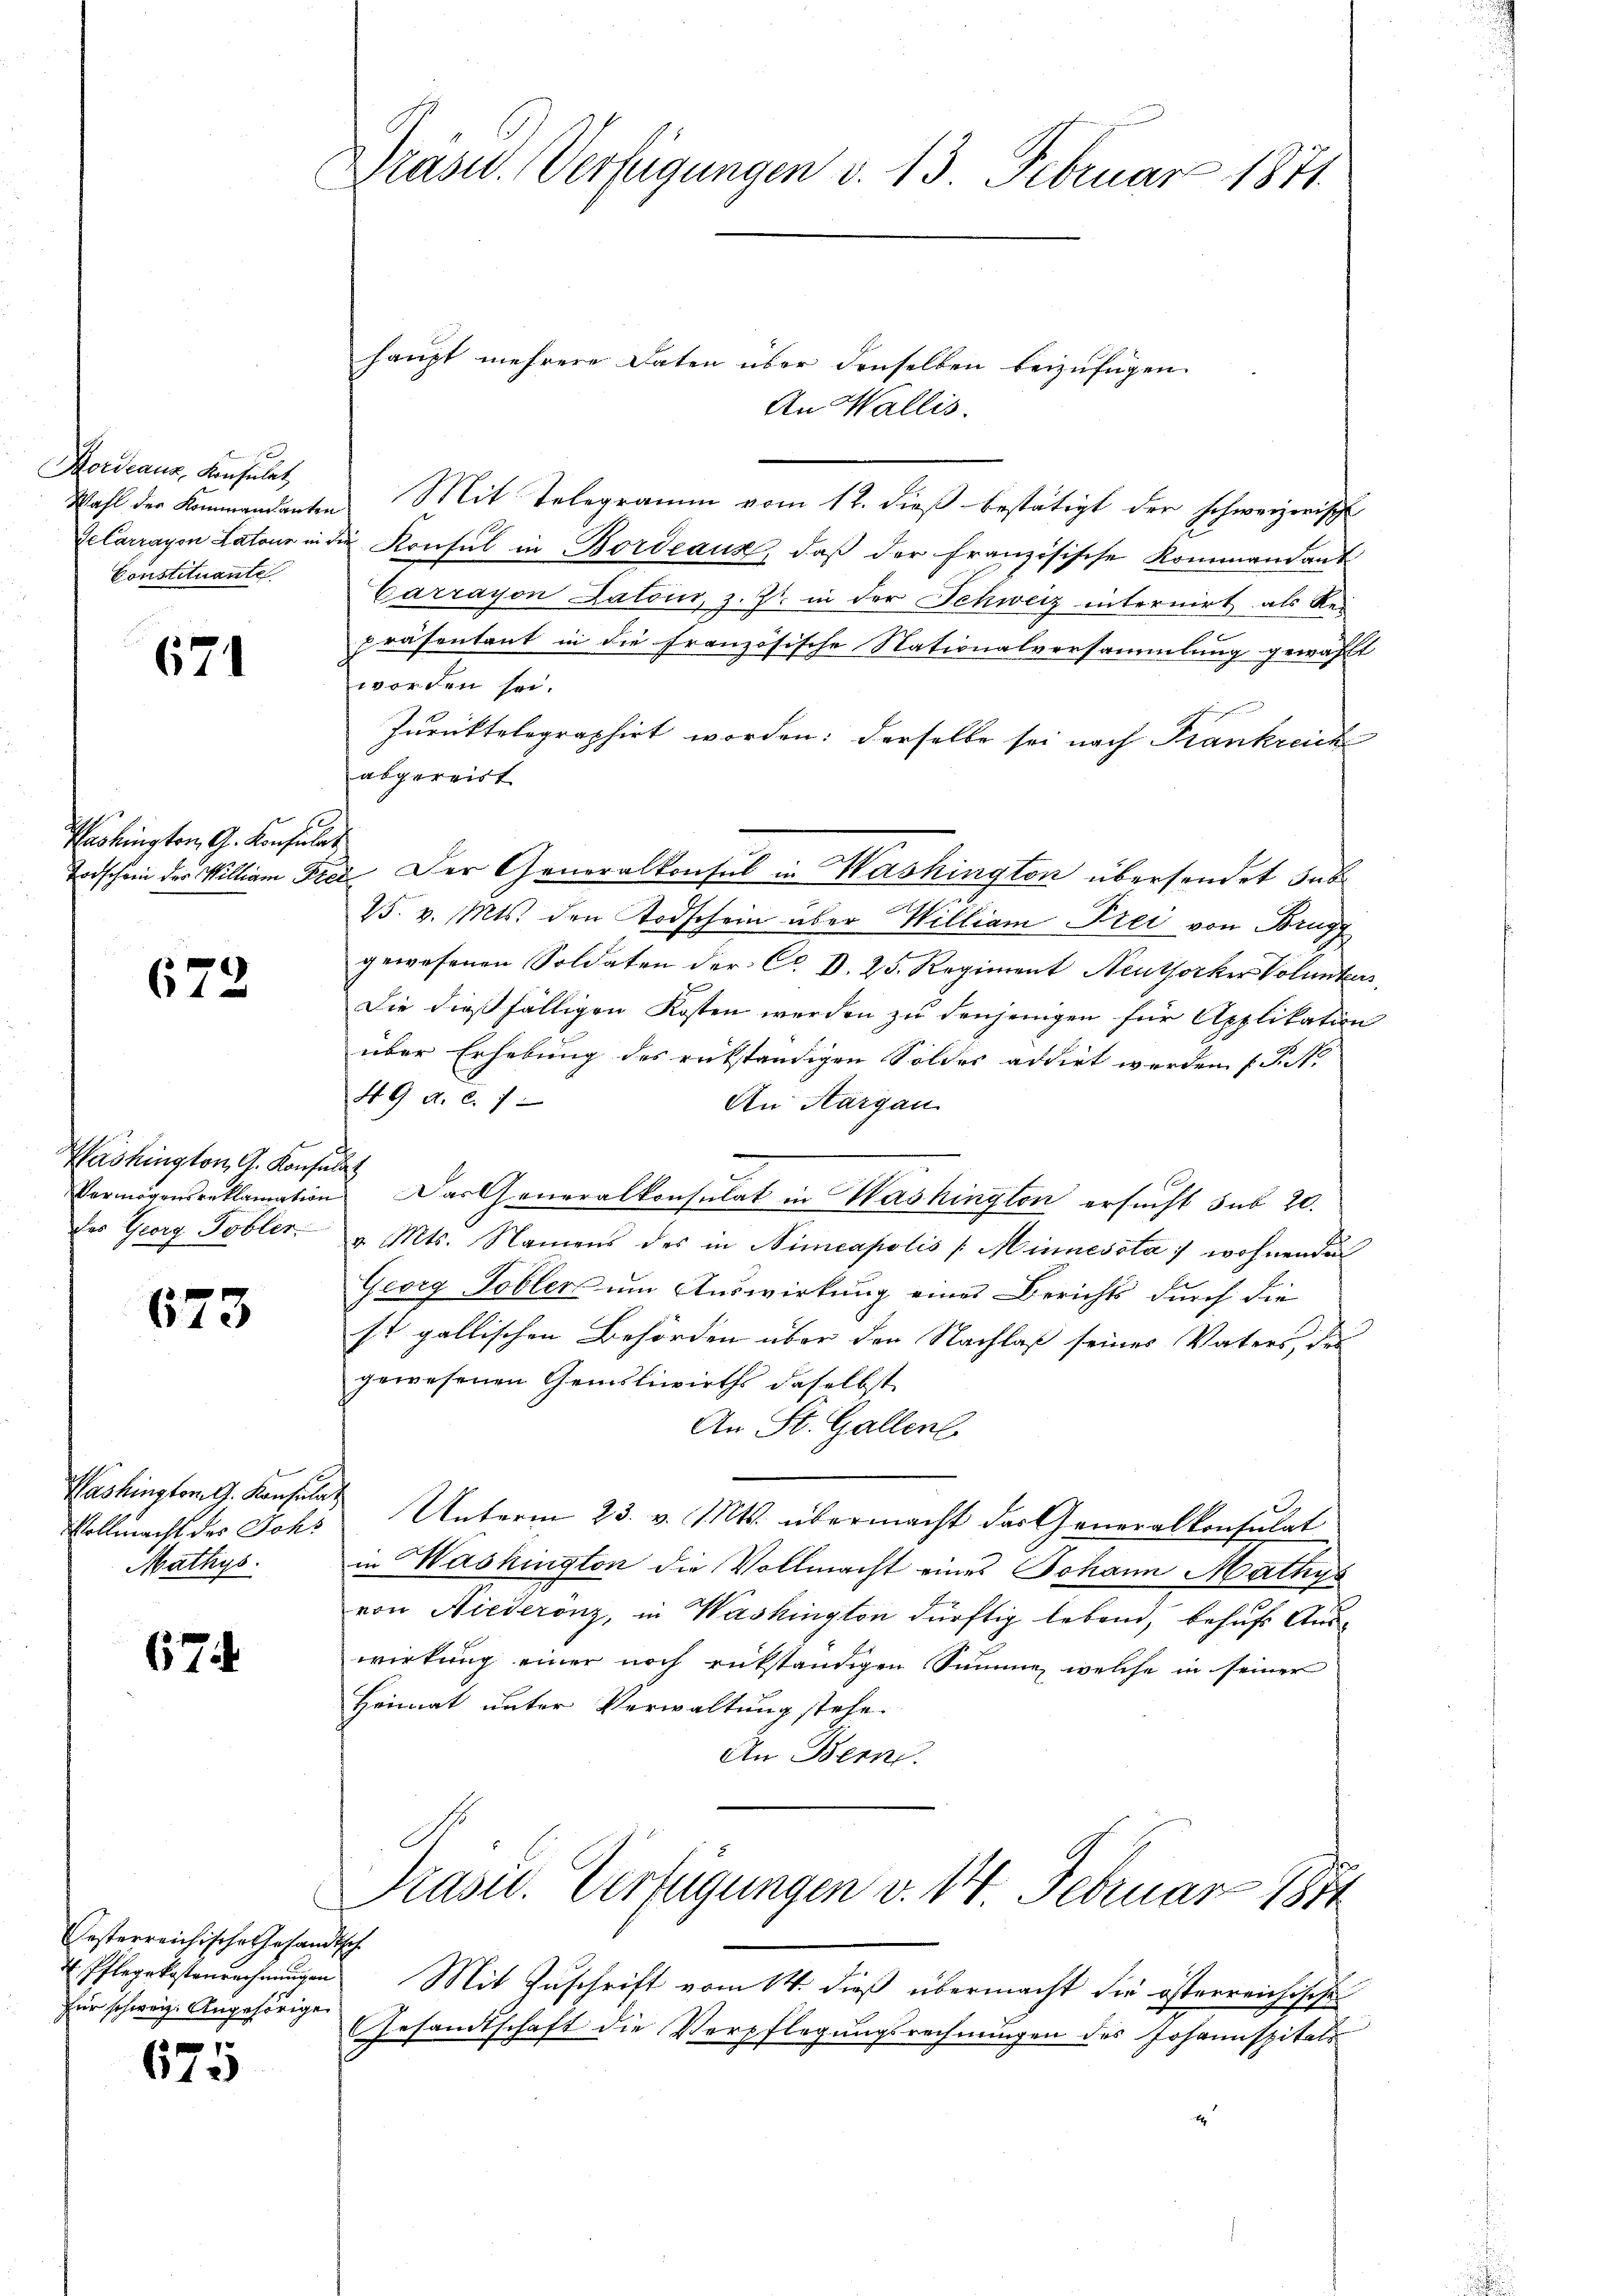
Koideaus Konsulat
Constituante

671

Vashington, G. Konsulat
Todschein der William Pr

672

Washington G. Konsuls
des Georg Tobler.

673

Vollmacht des Johs
Mathys.

67

Testerreichische Gesandtsch
für schweiz. Angehörige

675

Präsid. Verfügungen d. 13. Februar 1871.

haupt mehrere Daten über denselben beizufügen.
An Wallis.
Wahl der Kommandanten Mit Telegramm vom 12. dieß bestätigt der schweizerisch
Gelarrayon Latour in die Konsul in Bordeaus, daβ der Französische Kommandant
Carrayon Latein, z. Zt. in der Schweiz internirt als Rei
präsentant in die französische Nationalversammlung gewählt
worden sei.
Zurüktelegraphirt worden: derselbe sei nach Frankreich
abgereist
25. v. Mts. den Todschein über William Frei von Brugg
gewesenen Soldaten der C. D. 25. Regiment Neuthorker Volunter
Die dießfälligen Kosten werden zu denjenigen für Applikation
über Erhebung des rükständigen Soldes addirt werden f. P. Nr.
49 a. c. 7
An Aargau
Vermögensreklamation. Das Generalkonsulat in Washington ersucht sub 20.
v. Mts. Namens des in Nimeapolis (Minnessta :/ wohnenden
Georg Tobler um Auswirkung eines Berichts durch die
st gallischen Behörden über den Nachlaß seines Vaters, der
gewesenen Gemdliwirths daselbst
An St. Gallen
Washington G. Konsulat Unterm 23. v. Mts. übermacht der Generalkonsulat
in Washington die Vollmacht eines Johann Mathys
von Niederönz, in Washington dürftig lebend, behufs Auswirkung einer noch rükständigen Summe, welche in seiner
Heimat unter Verwaltung stehe.
An Bern.
Präsu. Verfügungen v. 14. Februar 1851
4 Pflegekostenrechnungen Mit Zuschrift vom 14. dieß übermacht die österreichische
(Gesandtschaft die Verpflegungsrechnungen des Johannspitals

et. Der Generalkonsul in Washington übersendet Inb